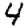
Digit: 4